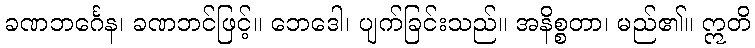
ခဏဘင်္ဂေန၊ ခဏဘင်ဖြင့်။ ဘေဒေါ၊ ပျက်ခြင်းသည်။ အနိစ္စတာ၊ မည်၏။ ဣတိ